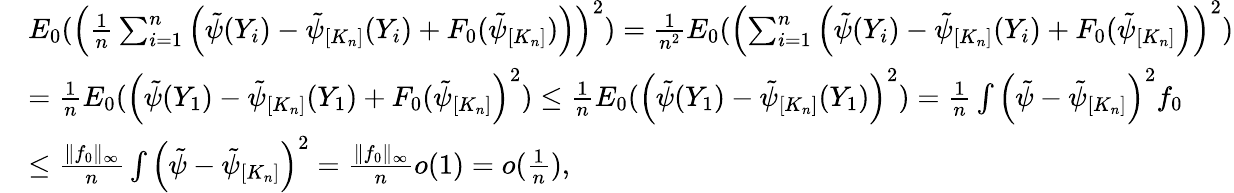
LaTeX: \begin{array}{rl}&{E_{0}(\left(\frac{1}{n}\sum_{i=1}^{n}\Big(\tilde{\psi}(Y_{i})-\tilde{\psi}_{[K_{n}]}(Y_{i})+F_{0}(\tilde{\psi}_{[K_{n}]})\Big)\right)^{2})=\frac{1}{n^{2}}E_{0}(\left(\sum_{i=1}^{n}\Big(\tilde{\psi}(Y_{i})-\tilde{\psi}_{[K_{n}]}(Y_{i})+F_{0}(\tilde{\psi}_{[K_{n}]}\Big)\right)^{2})}\\ &{=\frac{1}{n}E_{0}(\Big(\tilde{\psi}(Y_{1})-\tilde{\psi}_{[K_{n}]}(Y_{1})+F_{0}(\tilde{\psi}_{[K_{n}]}\Big)^{2})\leq\frac{1}{n}E_{0}(\Big(\tilde{\psi}(Y_{1})-\tilde{\psi}_{[K_{n}]}(Y_{1})\Big)^{2})=\frac{1}{n}\int\left(\tilde{\psi}-\tilde{\psi}_{[K_{n}]}\right)^{2}f_{0}}\\ &{\leq\frac{\| f_{0}\| _{\infty}}{n}\int\left(\tilde{\psi}-\tilde{\psi}_{[K_{n}]}\right)^{2}=\frac{\| f_{0}\| _{\infty}}{n}o(1)=o(\frac{1}{n}),}\end{array}